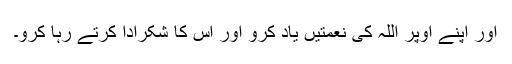
اور اپنے اوپر اللہ کی نعمتیں یاد کرو اور اس کا شکرادا کرتے رہا کرو۔